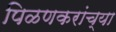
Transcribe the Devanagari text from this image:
पिळणकरांच्या